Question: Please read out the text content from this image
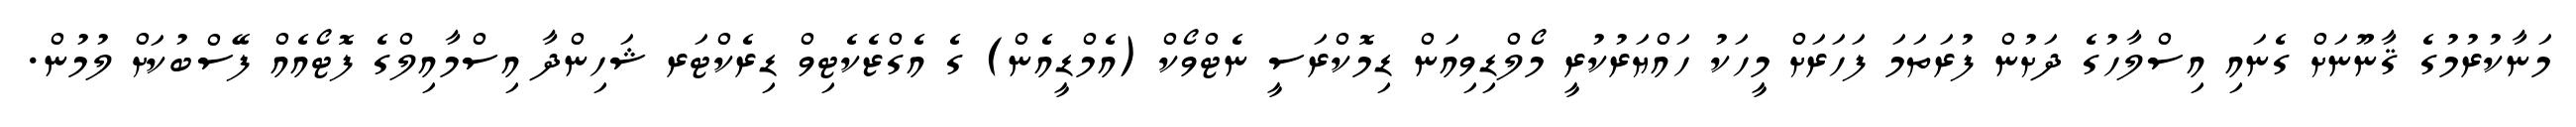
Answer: މަނާކުރުމުގެ ޤާނޫނަށް ގެނައި އިސްލާހުގެ ދަށުން ފުރަތަމަ ފަހަރަށް މީހަކު ހައްޔަރުކުރީ މޯލްޑިވިއަން ޑިމޮކްރަސީ ނެޓްވޯކް (އެމްޑީއެން) ގެ އެގްޒެކެޓިވް ޑިރެކްޓަރ ޝަހިންދާ އިސްމާއިލްގެ ފޮޓޯއެއް ފޭސްބުކަށް ލުމުން.